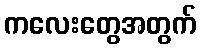
ကလေးတွေအတွက်